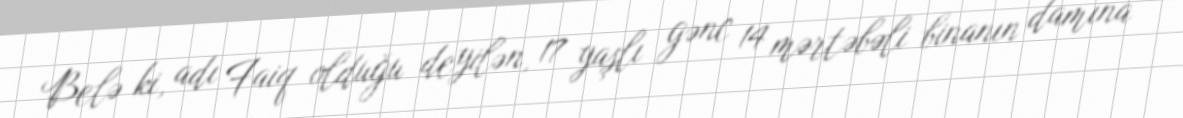
Belə ki, adı Faiq olduğu deyilən, 17 yaşlı gənc 14 mərtəbəli binanın damına